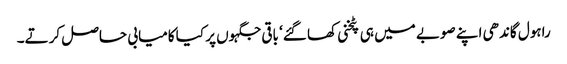
راہول گاندھی اپنے صوبے میں ہی پٹخنی کھا گئے‘ باقی جگہوں پر کیا کامیابی حاصل کرتے۔